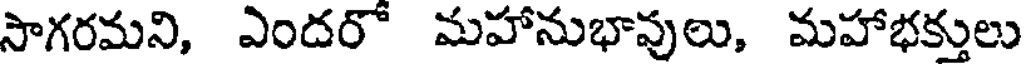
సాగరమని, ఎందరో మహానుభావులు, మహాభక్తులు